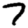
Digit: 7